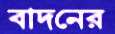
বাদনের